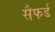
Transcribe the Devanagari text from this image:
सैफर्ड